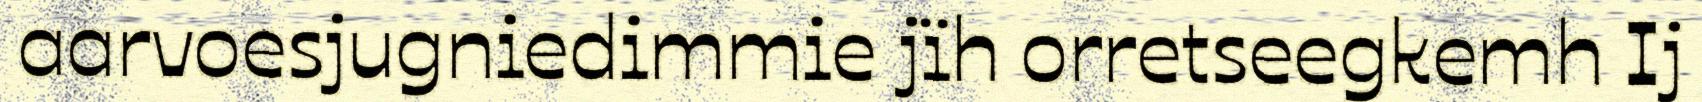
aarvoesjugniedimmie jïh orretseegkemh Ij